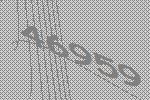
46959